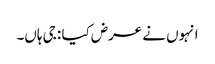
انہوں نے عرض کیا : جی ہاں۔